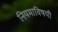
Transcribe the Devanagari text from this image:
नियमाविषयी